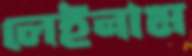
লেইনাম